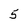
Character: 5